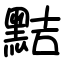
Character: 黠